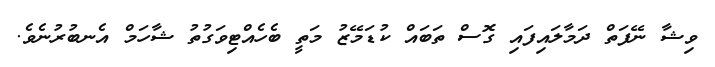
ވިޝާ ނޭފަތް ދަމާލައިފައި ގޮސް ތަބައް ކުޑަމޭޒު މަތީ ބެހެއްޓިވަގުތު ޝާހަމް އެނބުރުނެވެ.